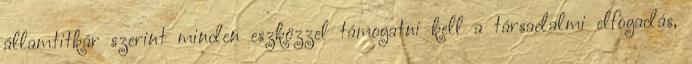
államtitkár szerint minden eszközzel támogatni kell a társadalmi elfogadás,